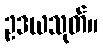
ဥဒယသုတ်။